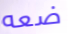
ضعه